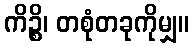
ကိဉ္စိ၊ တစုံတခုကိုမျှ။